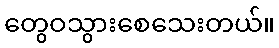
တွေဝသွားစေသေးတယ်။